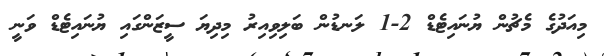
މިއަދުގެ މެޗުން ޔުނައިޓެޑް 2-1 ލަނޑުން ބަލިވިއިރު މިދިޔަ ސީޒަންގައި ޔުނައިޓެޑް ވަނީ